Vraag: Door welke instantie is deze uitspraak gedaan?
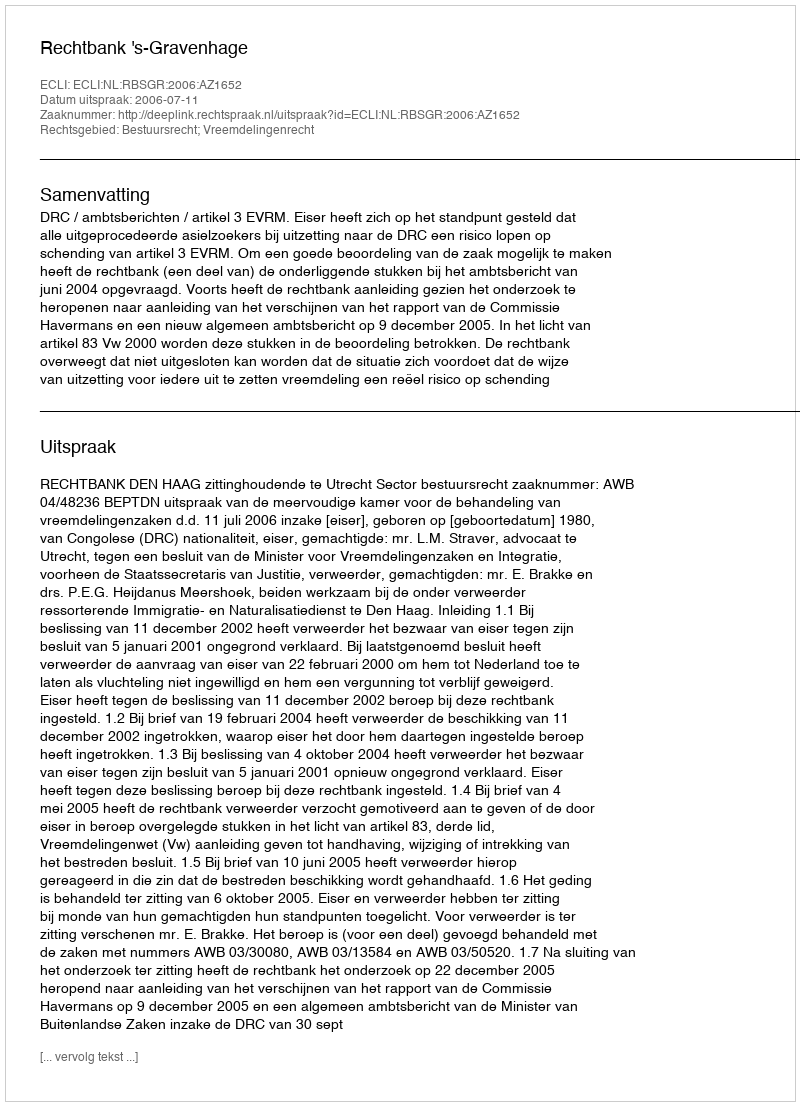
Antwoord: Rechtbank 's-Gravenhage